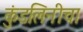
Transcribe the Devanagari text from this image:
कुंडलिनीचा